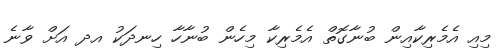
މިއި އެމެރިކާއިން ބުނާގޮތް އެމެރިކާ މިހެން ބުނާހާ ހިނދަކު އދ އަށް ވާނެ